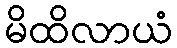
မိထိလာယံ